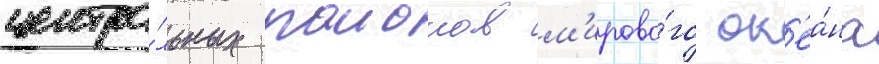
центра́льных раионов м'ирово́го ок'еа́на